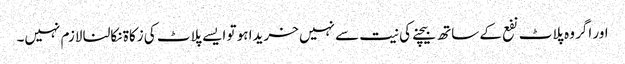
اور اگر وہ پلاٹ نفع کے ساتھ بیچنے کی نیت سے نہیں خریدا ہو تو ایسے پلاٹ کی زکاۃ نکالنا لازم نہیں۔